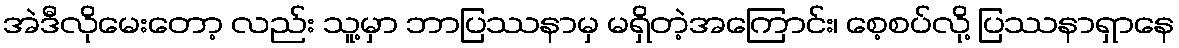
အဲဒီလိုမေးတော့ လည်း သူ့မှာ ဘာပြဿနာမှ မရှိတဲ့အကြောင်း၊ စေ့စပ်လို့ ပြဿနာရှာနေ